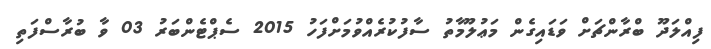
ފިއްލަދޫ ބްރާންޗަށް ވަޑައިގެން މަޢުލޫމާތު ސާފުކުރެއްވުމަށްފަހު 2015 ސެޕްޓެންބަރު 03 ވާ ބުރާސްފަތި